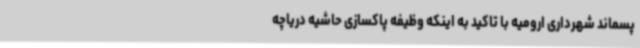
پسماند شهرداری ارومیه با تاکید به اینکه وظیفه پاکسازی حاشیه دریاچه